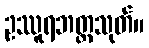
ဥဿူရဘတ္တသုတ်။